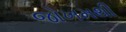
જોખમથી